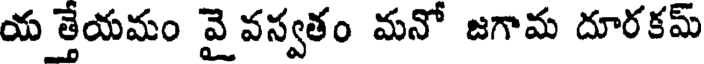
య త్తేయమం వై వస్వతం మనో జగామ దూరకమ్